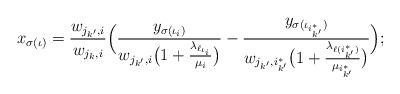
LaTeX: \begin{align*}x_{\sigma(\iota)} =\frac{w_{j_{k'},i}}{w_{j_k,i}}\Bigl(\frac{y_{\sigma(\iota_i)}}{w_{j_{k'},i}\bigl(1+\frac{\lambda_{\ell_{\iota_i}}}{\mu_{i}}\bigr)}-\frac{y_{\sigma(\iota_{i^*_{k'}})}}{w_{j_{k'},i^*_{k'}}\bigl(1+\frac{\lambda_{\ell(i^*_{k'})}}{\mu_{i^*_{k'}}}\bigr)}\Bigr);\end{align*}